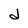
Character: d